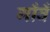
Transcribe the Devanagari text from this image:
गाँवँ